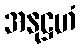
အနုဋ္ဌဟံ